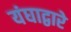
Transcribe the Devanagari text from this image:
यंघाद्वारे